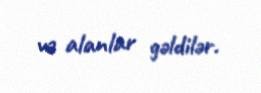
və alanlar gəldilər.